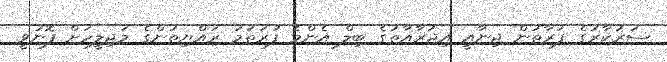
ސަރުކާރުގެ ފަރާތުން ޖިނާއީ އިޖުރާއާތުގެ ބިލް އެންމެ ފުރަތަމަ ރައްޔިތުންގެ މަޖިލީހަށް ފޮނުވީ